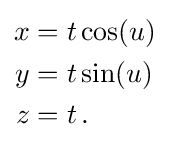
{\begin{aligned}x&=t\cos(u)\\y&=t\sin(u)\\z&=t\,.\end{aligned}}